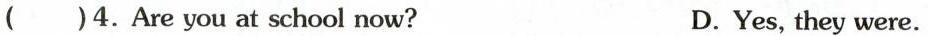
( )4.Are you at school now? D.Yes,they were.